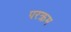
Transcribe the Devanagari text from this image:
परक्रम